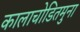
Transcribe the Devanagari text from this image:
कालाचोडितमुना